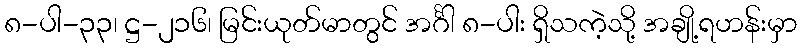
၈-ပါ-၃၃၊ ဋ္ဌ-၂၁၆၊ မြင်းယုတ်မာတွင် အင်္ဂါ ၈-ပါး ရှိသကဲ့သို့ အချို့ရဟန်းမှာ